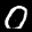
Label: 0